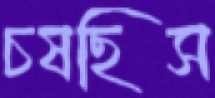
চষছিস